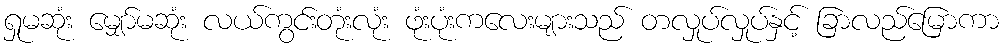
ရှုမဆုံး မျှော်မဆုံး လယ်ကွင်းတုံးလုံး ဖုံးပုံးကလေးများသည် တလှုပ်လှုပ်နှင့် ခြာလည်မြောကာ